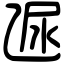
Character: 𠃮